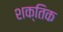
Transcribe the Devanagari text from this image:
शक्तिक